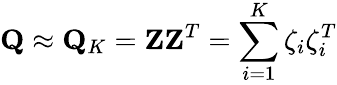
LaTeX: \mathbf{Q}\approx\mathbf{Q}_{K}=\mathbf{ZZ}^{T}=\sum_{i=1}^{K}\zeta_{i}\zeta_{i}^{T}